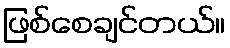
ဖြစ်စေချင်တယ်။